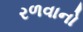
રળવાનો